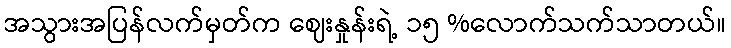
အသွားအပြန်လက်မှတ်က ဈေးနှုန်းရဲ့ ၁၅ %လောက်သက်သာတယ်။